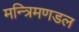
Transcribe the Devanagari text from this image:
मन्त्रिमणडल